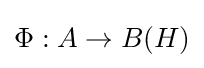
\Phi :A\to B(H)